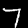
Digit: 7